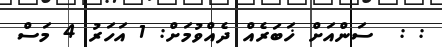
: :  ސަންއަށް ޚަބަރެއް ދެއްވުމަށް: 1 އަހަރު 4 މަސް